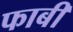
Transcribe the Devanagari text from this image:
फाबी